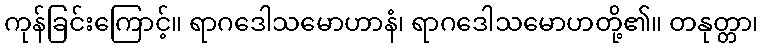
ကုန်ခြင်းကြောင့်။ ရာဂဒေါသမောဟာနံ၊ ရာဂဒေါသမောဟတို့၏။ တနုတ္တာ၊